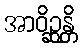
အာဝိဉ္ဆန္တိ